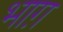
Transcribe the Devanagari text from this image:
भाग़